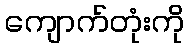
ကျောက်တုံးကို